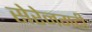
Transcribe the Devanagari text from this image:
सेरेनगटी